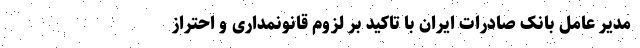
‌ مدیر عامل بانک صادرات ایران با تاکید بر لزوم قانونمداری و احتراز